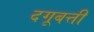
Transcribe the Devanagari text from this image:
दगूबत्ती